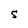
Character: S